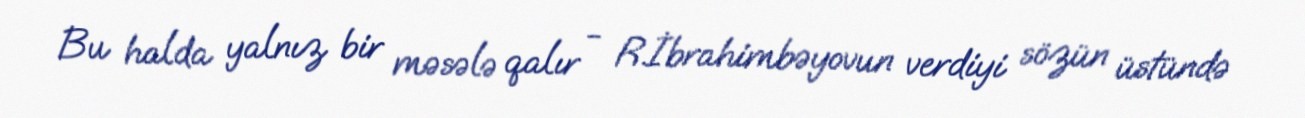
Bu halda yalnız bir məsələ qalır - R.İbrahimbəyovun verdiyi sözün üstündə